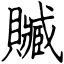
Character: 贓